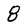
Character: 8